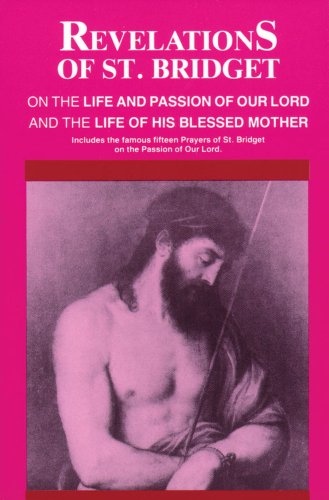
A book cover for Revelations of St. Bridget: On the Life and Passion of Our Lord and the Life of His Blessed Mother; St. Bridget of Sweden; Christian Books & Bibles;